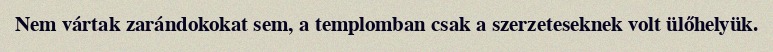
Nem vártak zarándokokat sem, a templomban csak a szerzeteseknek volt ülőhelyük.